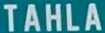
TAHLA